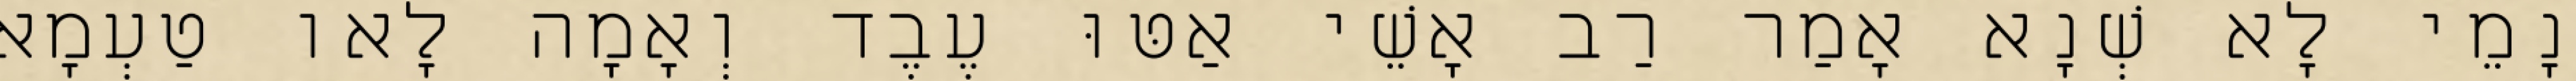
נָמֵי לָא שְׁנָא אָמַר רַב אָשֵׁי אַטּוּ עֶבֶד וְאָמָה לָאו טַעְמָא